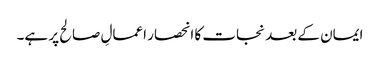
ایمان کے بعد نجات کا انحصار اعمالِ صالح پر ہے۔